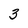
Character: 3